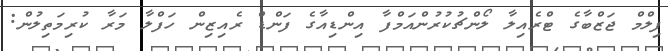
ފިލްމް ޖަޒްބާގެ ޓްރެއިލާ ލޯންޗުކުރުންއަމްފާ އިންޑިއާގެ ފަންޑް ރެއިޒިން ހަފްލާ މަރާ ކުރިމަތިލުން: